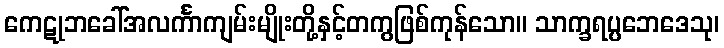
ကေဋုဘခေါ်အလင်္ကာကျမ်းမျိုးတို့နှင့်တကွဖြစ်ကုန်သော။ သာက္ခရပ္ပဘေဒေသု၊